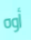
أوه